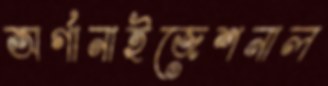
অর্গানাইজেশনাল